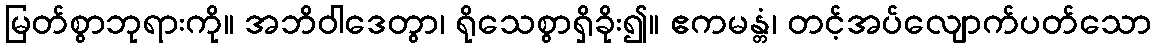
မြတ်စွာဘုရားကို။ အဘိဝါဒေတွာ၊ ရိုသေစွာရှိခိုး၍။ ဧကမန္တံ၊ တင့်အပ်လျောက်ပတ်သော